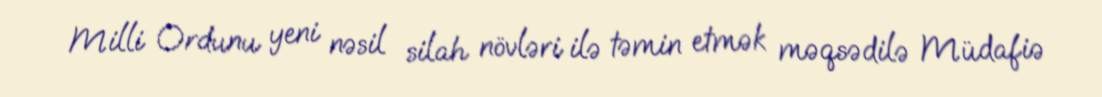
Milli Ordunu yeni nəsil silah növləri ilə təmin etmək məqsədilə Müdafiə